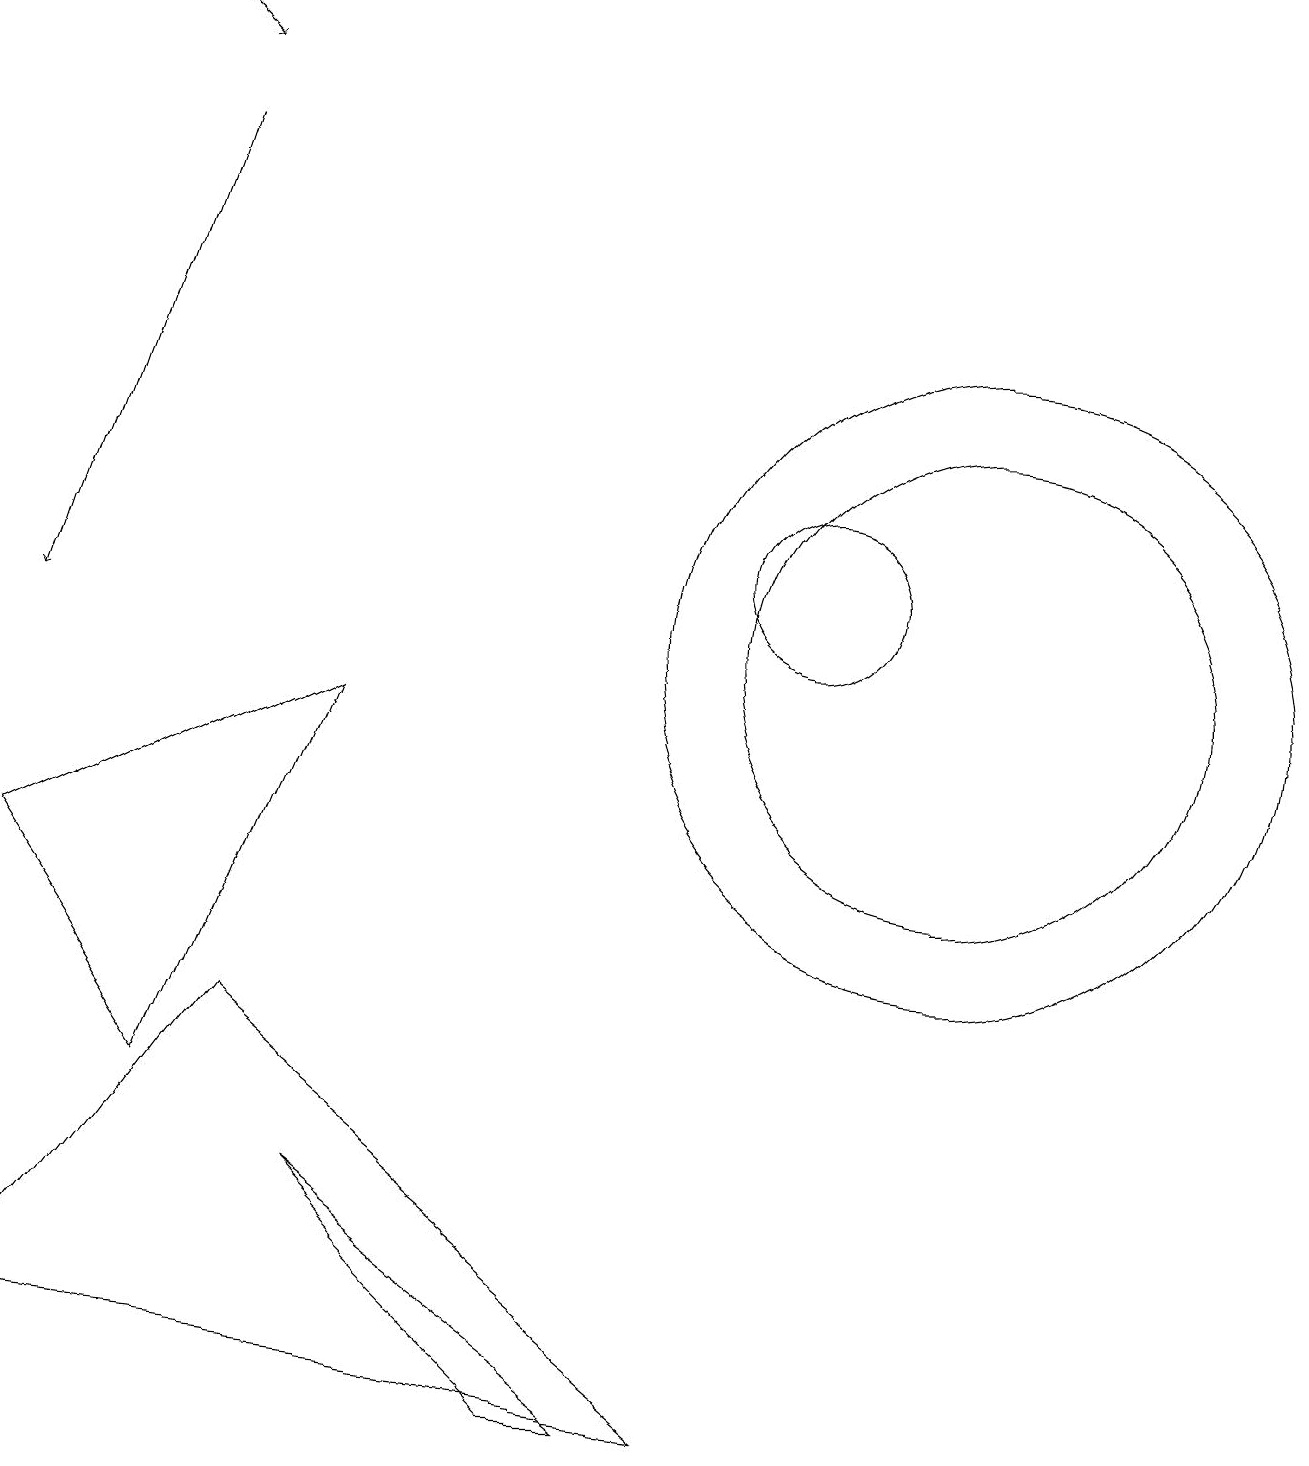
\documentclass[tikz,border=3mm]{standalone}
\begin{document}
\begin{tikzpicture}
\draw[->] (2,16) -- (0,10);
\draw (10,11) circle (1);
\draw (8,0) -- (4,3) -- (7,0) -- cycle;
\draw[->] (1,18) -- (2,17);
\draw (9,0) -- (3,5) -- (0,1) -- cycle;
\draw (12,10) circle (4);
\draw (12,10) circle (3);
\draw (0,7) -- (4,9) -- (2,4) -- cycle;
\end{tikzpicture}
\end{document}